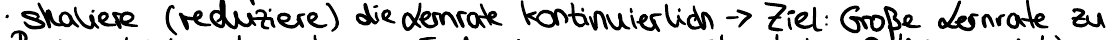
skaliere (reduziere) die Lernrate kontinuierlich -> Ziel: Große Lernrate zu